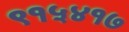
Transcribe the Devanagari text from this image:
९१५४१७